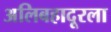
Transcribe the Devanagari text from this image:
अलिबहादूरला